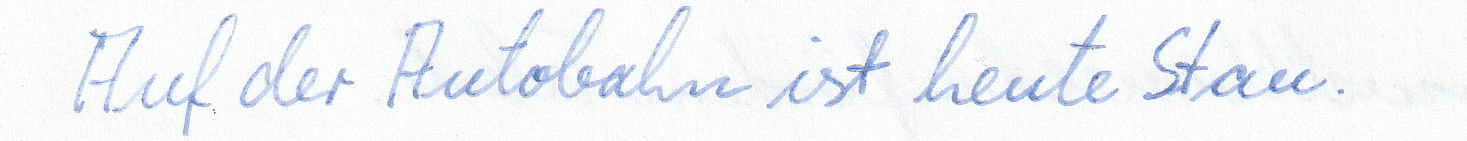
Auf der Autobahn ist heute Stau.